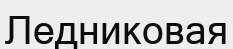
Ледниковая